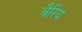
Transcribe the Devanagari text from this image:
बैरिय